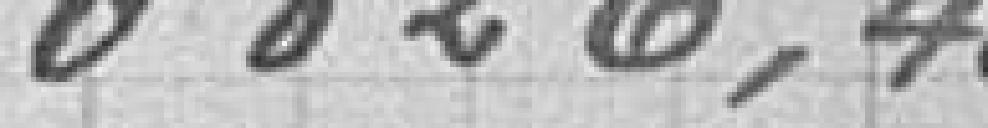
60.826,40